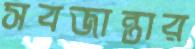
সবজান্তার